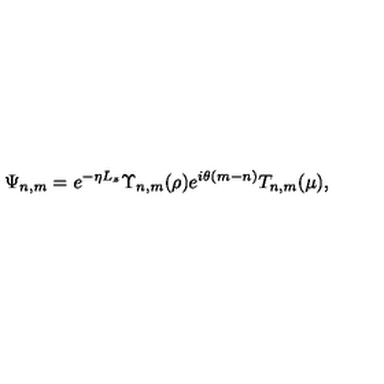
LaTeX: \Psi _ { n , m } = e ^ { - \eta L _ { z } } \Upsilon _ { n , m } ( \rho ) e ^ { i \theta ( m - n ) } T _ { n , m } ( \mu ) ,